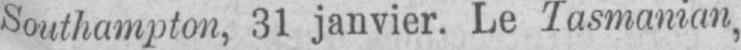
Southampton, 31 janvier. Le Tasmanian,